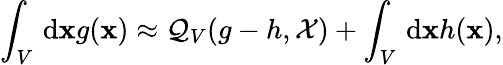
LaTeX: \int_{V}\, \mathrm{d}\mathbf{x}g(\mathbf{x})\approx\mathcal{Q}_{V}(g-h,\mathcal{X})+\int_{V}\, \mathrm{d}\mathbf{x}h(\mathbf{x}),